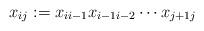
LaTeX: \begin{align*} x_{ij}:=x_{ii-1}x_{i-1i-2}\cdots x_{j+1j} \end{align*}